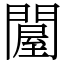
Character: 𨵱